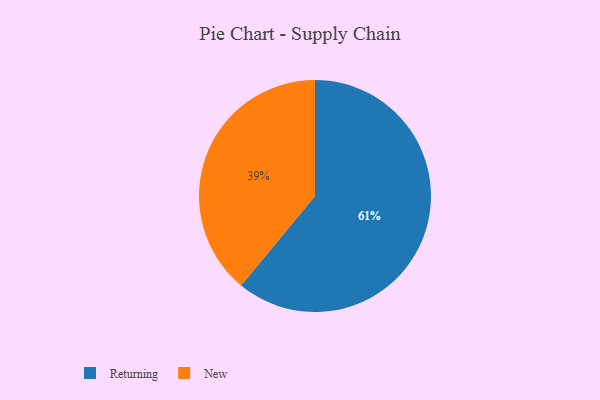
{"axis": {"x": "Category", "y": "Percentage"}, "legend": ["New", "Returning"], "data": [{"x": "New", "y": 39, "type": "New"}, {"x": "Returning", "y": 61, "type": "Returning"}]}